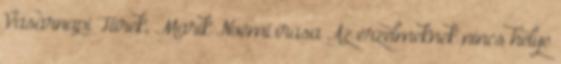
Vasárnapi Hírek, Marik Noémi írása Az érzelmeknek nincs helye